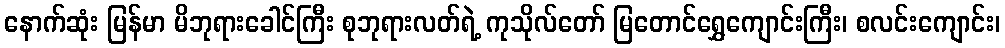
နောက်ဆုံး မြန်မာ မိဘုရားခေါင်ကြီး စုဘုရားလတ်ရဲ့ ကုသိုလ်တော် မြတောင်ရွှေကျောင်းကြီး၊ စလင်းကျောင်း၊